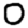
Digit: 0